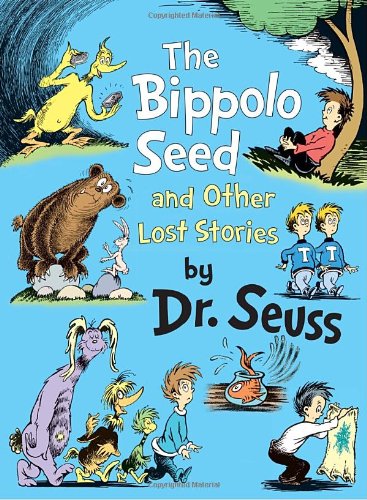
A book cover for The Bippolo Seed and Other Lost Stories (Classic Seuss); Seuss; Children's Books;